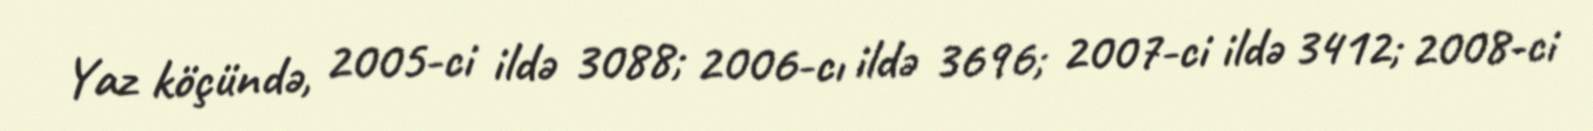
Yaz köçündə, 2005-ci ildə 3088; 2006-cı ildə 3696; 2007-ci ildə 3412; 2008-ci